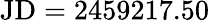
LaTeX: \mathrm{JD}=2459217.50